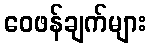
ဝေဖန်ချက်များ